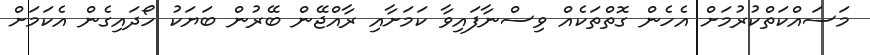
މަސައްކަތްކުރުމަށް އެހެން ގޮތްތަކެއް ވިސްނާފައިވާ ކަމަށާއި ރާއްޖޭން ބޭރުން ބަޔަކު ހޯދައިގެން އެކަމަށް